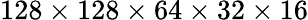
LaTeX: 128\times 128\times 64\times 32\times 16